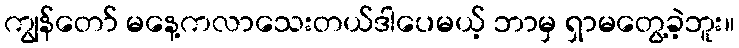
ကျွန်တော် မနေ့ကလာသေးတယ်ဒါပေမယ့် ဘာမှ ရှာမတွေ့ခဲ့ဘူး။